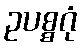
ဥပစ္စဂုံ